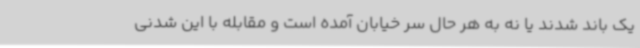
یک باند شدند یا نه به هر حال سر خیابان آمده است و مقابله با این شدنی